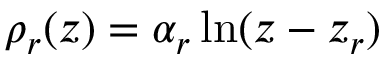
\rho _ { r } ( z ) = \alpha _ { r } \ln ( z - z _ { r } )